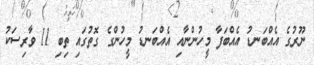
ނޫރުގެ އެއްބަނޑު އެއްބަފާ މީހުންނާއި އެއްބަނޑު މީހުންގެ ގޮތުގައި ތިބި 11 ވާރިސަކު